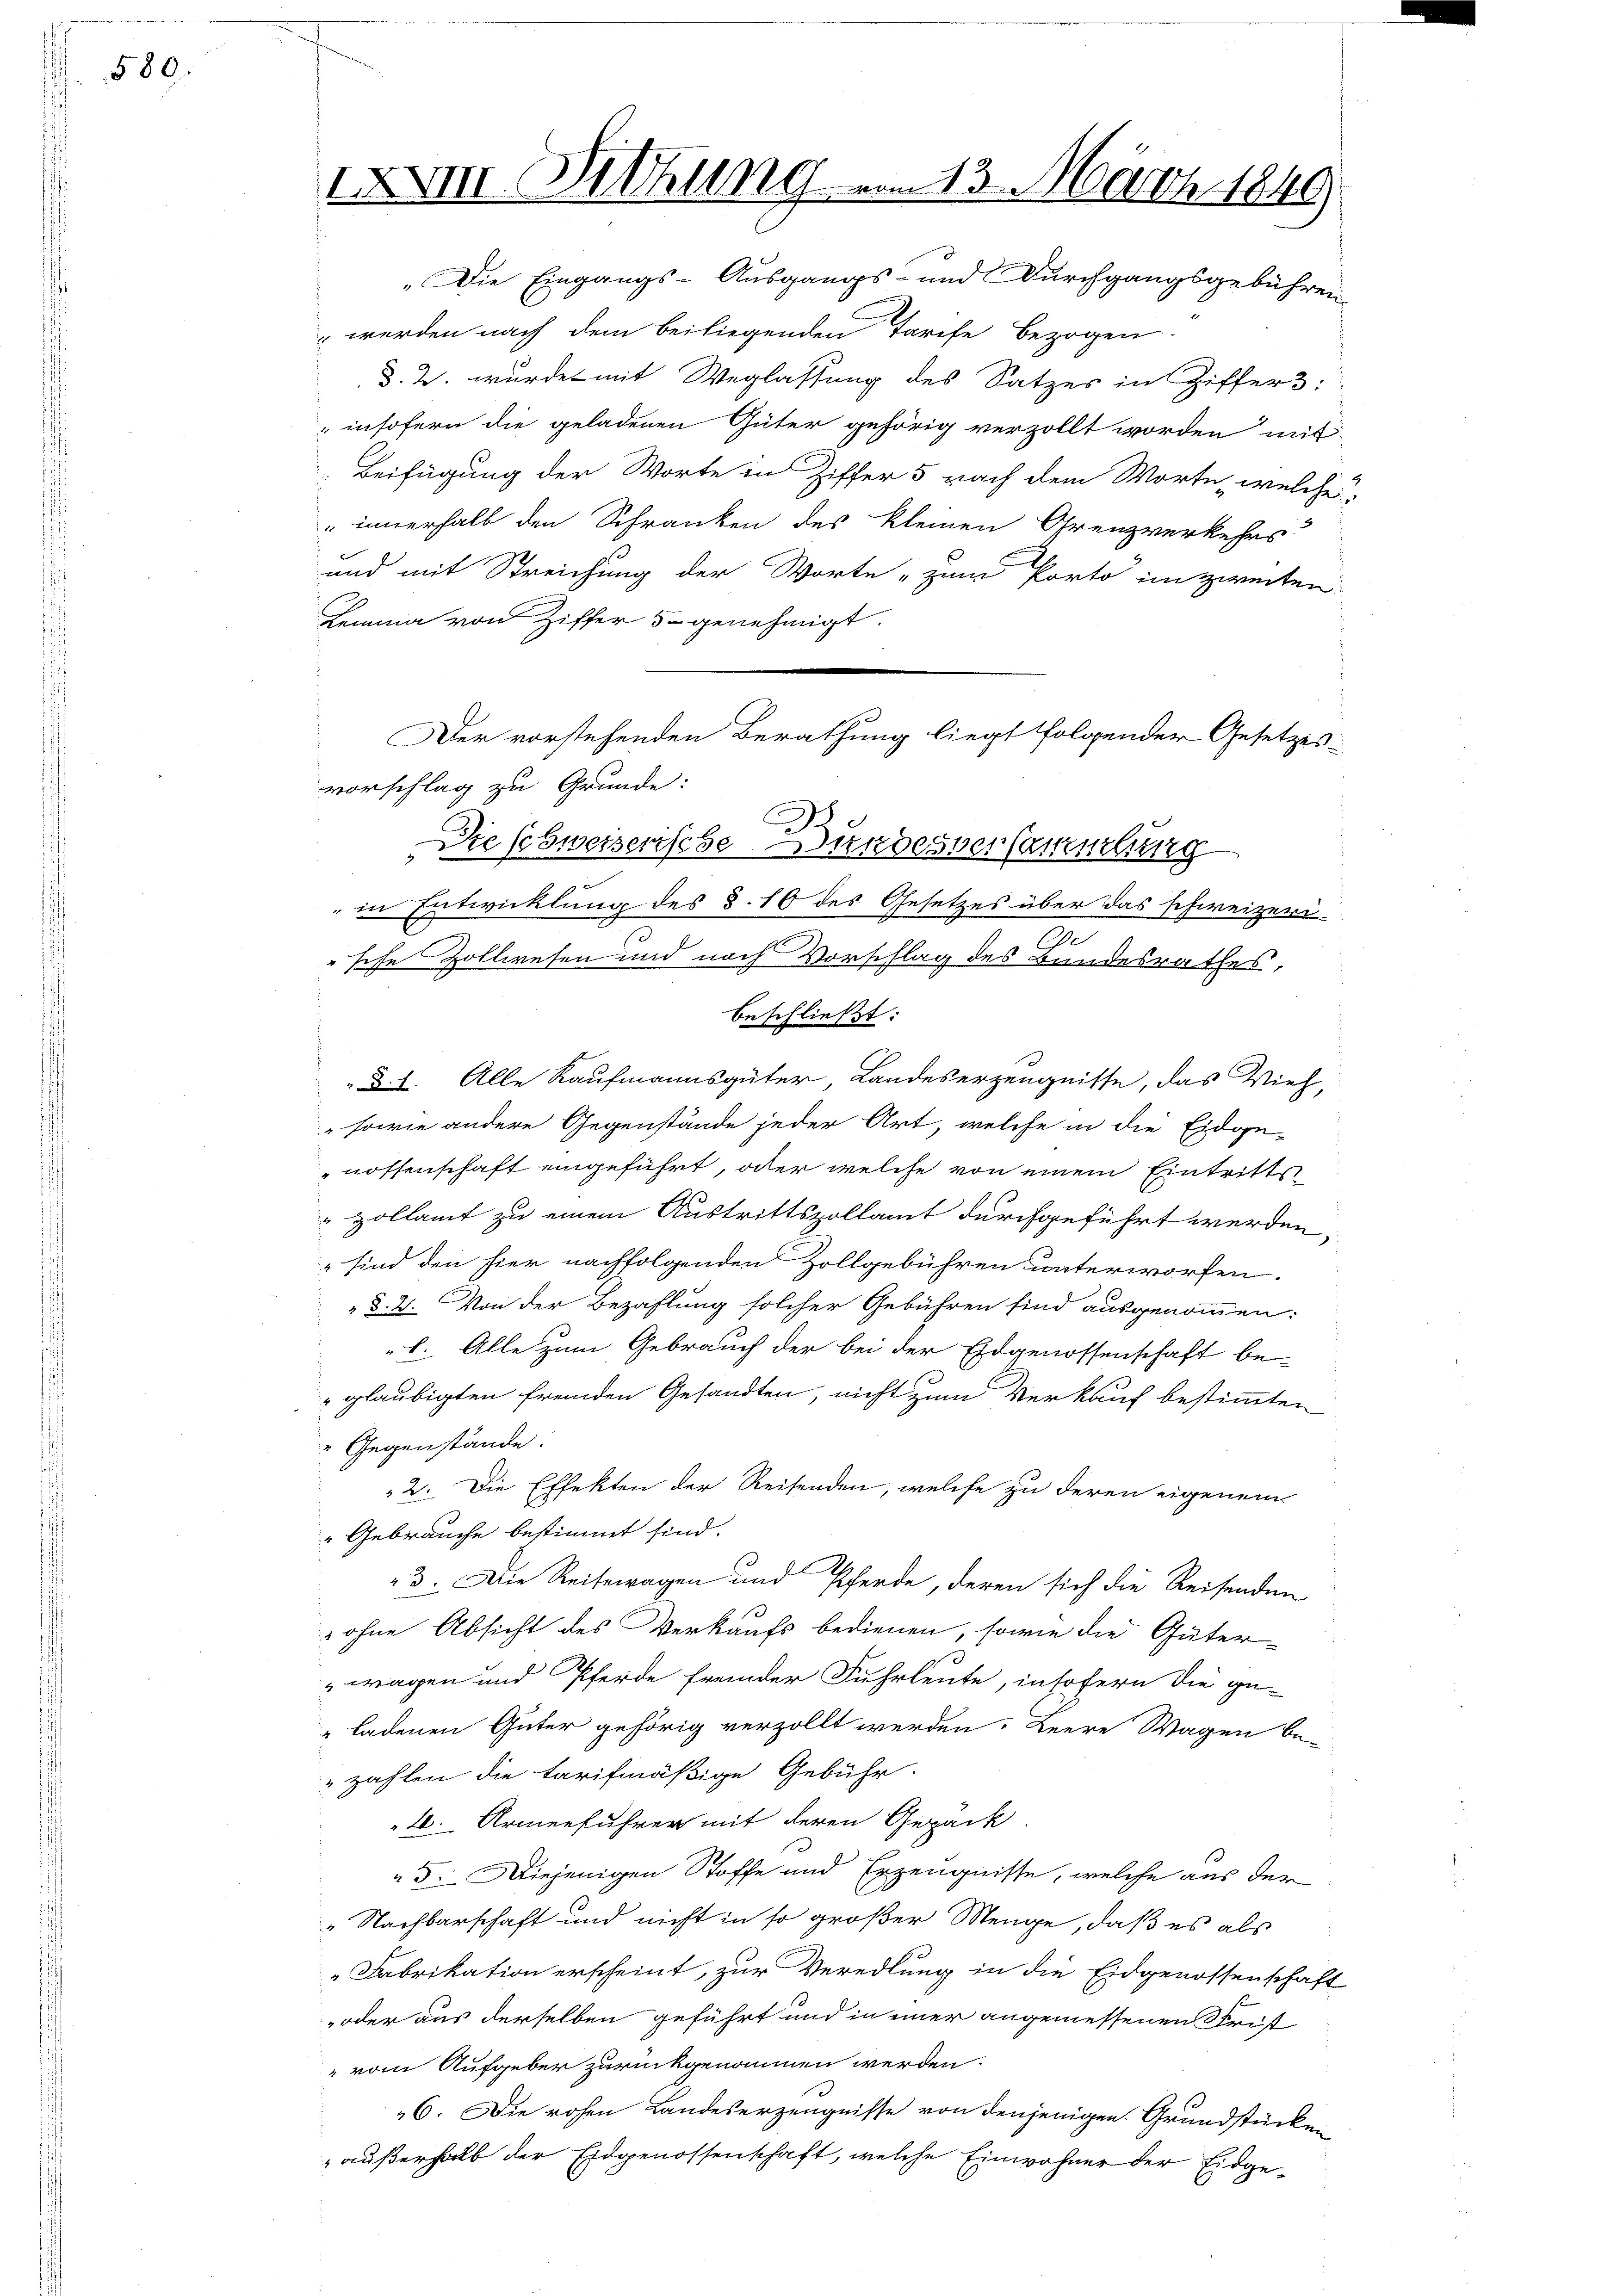
580.

IXVI. Sitzung

„Die Eingangs-Ausgangs- und Durchgangsgebühren
werden nach dem beiliegenden Tarife bezogen.
§. 2. wurde mit Weglassung des Satzes in Ziffer 3:
insofern die geladenen Güter gehörig verzollt worden mit
Beifügung der Worte in Ziffer 5 nach dem Worte, welche
 innerhalb den Schranken des kleinen Grenzverkehrs
und mit Streichung der Worte „zum Porto im zweiten
Lemma von Ziffer 5 genehmigt.
vorschlag zu Grunde:
" in Entwicklung des §. 10 des Gesetzes über das schweizeri-
.
sche Zollwesen und nach Vorschlag des Bundesrathes,
beschließt:
d. 1. Alle Kaufmannsgüter, Landeserzeugnisse, das Vieh,
sowie andere Gegenstände jeder Art, welche in die Eidge-
nossenschaft eingeführt, oder welche von einem Eintritts
zollamt zu einem Austrittszollamt durchgeführt werden,
sind den hier nachfolgenden Zollgebühren unterworfen.
 §. 2. Von der Bezahlung solcher Gebühren sind ausgenommen:
b. Alle zum Gebrauch der bei der Eidgenossenschaft be-
glaubigten fremden Gesandten, nicht zum Verkauf bestimmten
 Gegenstände.
2. Die Effekten der Reisenden, welche zu deren eigenem
Gebrauche bestimmt sind.
23. Die Reiteragen und Pferde, deren sich die Reisenden
 ohne Absicht des Verkaufs bedienen, sowie die Güter-
wagen und Pferde fremder Fuhrleute, insofern die ge-
„ladenen Güter gehörig verzollt werden. Heere Wagen be-
zahlen die tarifmäßige Gebühr.
26. Armenführer mit deren Gepäck.
5: Diejenigen Stoffe und Erzeugnisse, welche aus der
„Nachbarschaft und nicht in so großer Menge, daß es als
Fabrikation erscheint, zur Veredlung in die Eidgenossenschaft
oder aus derselben geführt und in einer angemessenen Frist
vom Aufgeber zurückgenommen werden.
6. Die rohen Landeserzeugnisse von denjenigen Grundstücken
außerhalb der Eidgenossenschaft, welche Einwohner der Eidge¬

Der vorstehenden Berathung liegt folgender Gesetzes-
c
Die schweizerische indesver Canzelung

113. März 1840